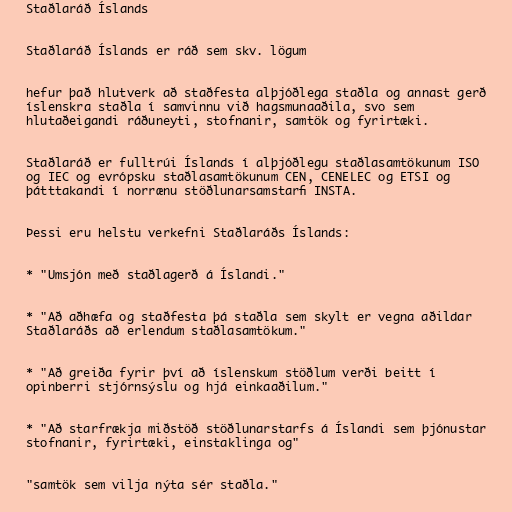
Staðlaráð Íslands

Staðlaráð Íslands er ráð sem skv. lögum

hefur það hlutverk að staðfesta alþjóðlega staðla og annast gerð
íslenskra staðla í samvinnu við hagsmunaaðila, svo sem
hlutaðeigandi ráðuneyti, stofnanir, samtök og fyrirtæki.

Staðlaráð er fulltrúi Íslands í alþjóðlegu staðlasamtökunum ISO
og IEC og evrópsku staðlasamtökunum CEN, CENELEC og ETSI og
þátttakandi í norrænu stöðlunarsamstarfi INSTA.

Þessi eru helstu verkefni Staðlaráðs Íslands:

* "Umsjón með staðlagerð á Íslandi."

* "Að aðhæfa og staðfesta þá staðla sem skylt er vegna aðildar
Staðlaráðs að erlendum staðlasamtökum."

* "Að greiða fyrir því að íslenskum stöðlum verði beitt í
opinberri stjórnsýslu og hjá einkaaðilum."

* "Að starfrækja miðstöð stöðlunarstarfs á Íslandi sem þjónustar
stofnanir, fyrirtæki, einstaklinga og"

"samtök sem vilja nýta sér staðla."